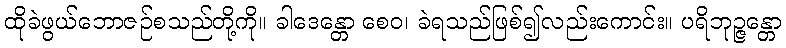
ထိုခဲဖွယ်ဘောဇဉ်စသည်တို့ကို။ ခါဒေန္တော စေဝ၊ ခဲရသည်ဖြစ်၍လည်းကောင်း။ ပရိဘုဉ္ဇန္တော